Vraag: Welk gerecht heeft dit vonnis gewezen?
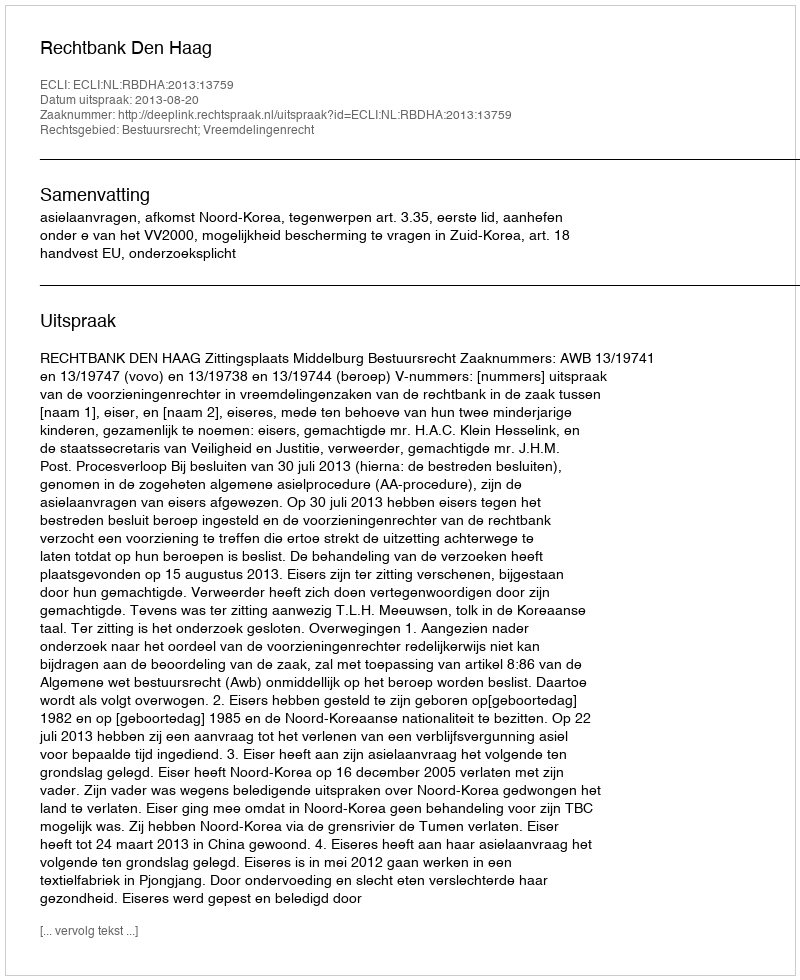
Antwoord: Rechtbank Den Haag